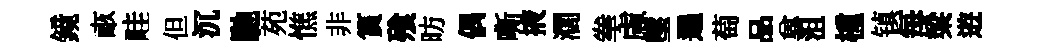
鏡畞畦但沉馳苑憔非篔飱昉偶嘶掖濶拳慮墜遍萄品兾沮㮔镇每梁逰